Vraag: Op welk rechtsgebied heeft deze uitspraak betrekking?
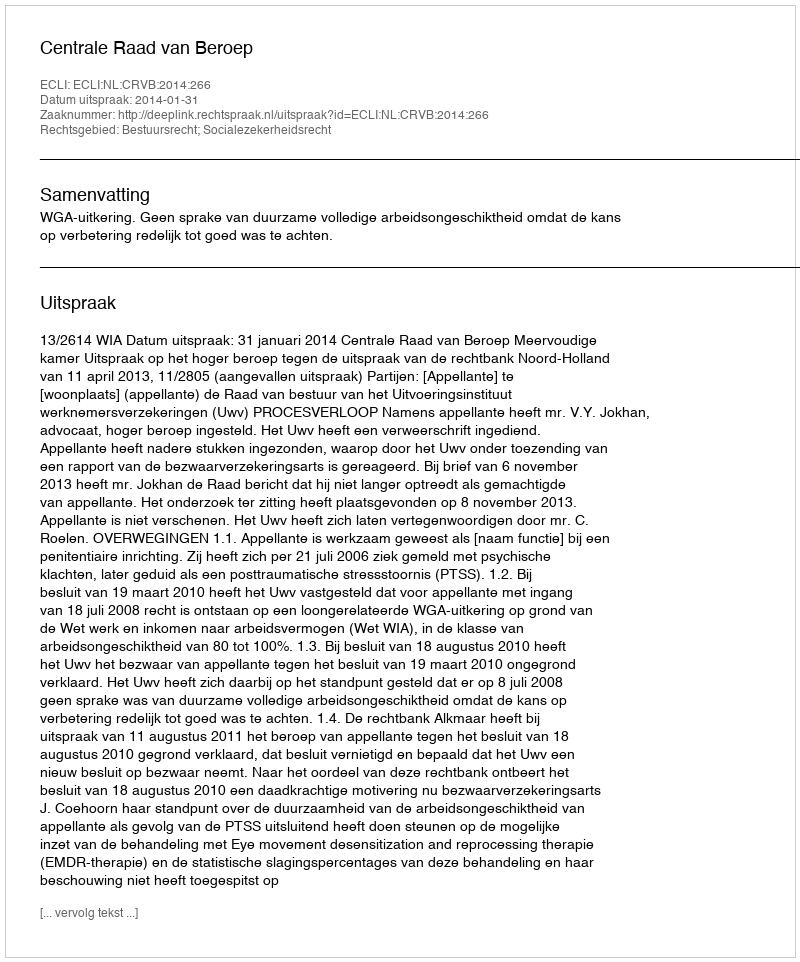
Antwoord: Bestuursrecht; Socialezekerheidsrecht